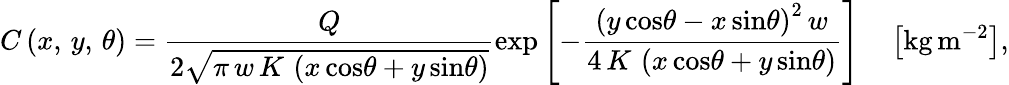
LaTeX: C\left(x,\, y,\, \theta\right)=\frac{Q}{2\sqrt{\pi\, w\, K\, \left(x\, \mathrm{cos}\theta+y\, \mathrm{sin}\theta\right)}}\mathrm{exp}\left[-\frac{\left(y\, \mathrm{cos}\theta-x\, \mathrm{sin}\theta\right)^{2}\, w}{4\, K\, \left(x\, \mathrm{cos}\theta+y\, \mathrm{sin}\theta\right)}\right]\quad\left[\mathrm{kg}\, \mathrm{m}^{-2}\right],